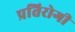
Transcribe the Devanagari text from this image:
प्रतिरोगी